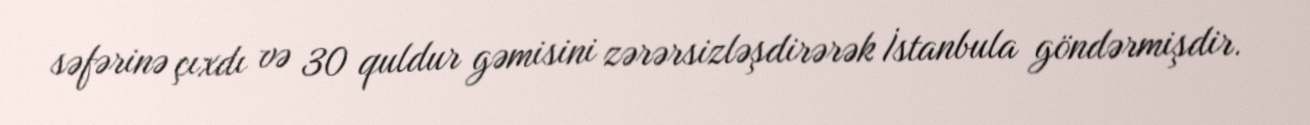
səfərinə çıxdı və 30 quldur gəmisini zərərsizləşdirərək İstanbula göndərmişdir.